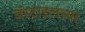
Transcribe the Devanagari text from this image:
बॅस्टाइलच्या